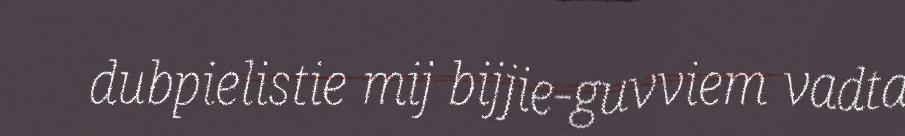
dubpielistie mij bijjie-guvviem vadta